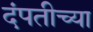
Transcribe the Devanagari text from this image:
दंपतीच्या